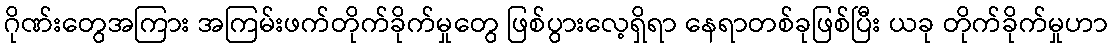
ဂိုဏ်းတွေအကြား အကြမ်းဖက်တိုက်ခိုက်မှုတွေ ဖြစ်ပွားလေ့ရှိရာ နေရာတစ်ခုဖြစ်ပြီး ယခု တိုက်ခိုက်မှုဟာ